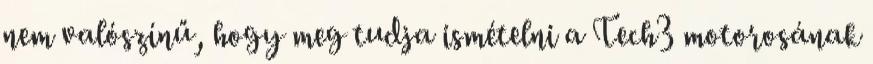
nem valószínű, hogy meg tudja ismételni a Tech3 motorosának